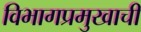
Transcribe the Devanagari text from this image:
विभागप्रमुखाची